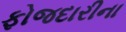
ફોજદારીના